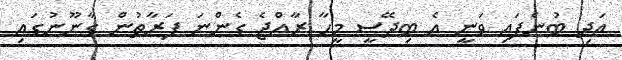
އަދި ބުނެފައި ވަނީ އެ ބިދޭސީ މީހާ ރާއްޖެ ގެންނަ ފަރާތުން ގާނޫނުގައި